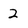
Character: 2